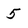
Character: 5